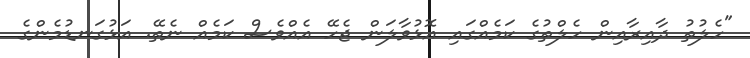
"ހެލުތު ދާއިރާއިން ހެލްތުގެ ކަމެއްގައި އޮޅުވާލަން ޖެހޭ އެއްވެސް ކަމެއް ނެތޭ. އަޅުގަނޑުމެންގެ